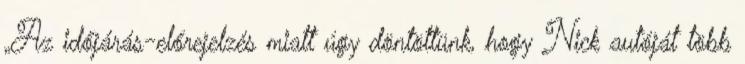
„Az időjárás-előrejelzés miatt úgy döntöttünk, hogy Nick autóját több